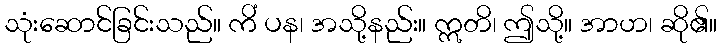
သုံးဆောင်ခြင်းသည်။ ကိံ ပန၊ အသို့နည်း။ ဣတိ၊ ဤသို့။ အာဟ၊ ဆို၏။